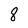
Character: 8